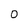
Character: 0